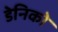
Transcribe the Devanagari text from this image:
डेनिको